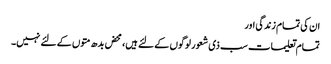
ان کی تمام زندگی اور
تمام تعلیمات سب ذی شعور لوگوں کے لئے ہیں، محض بدھ متوں کے لئے نہیں۔